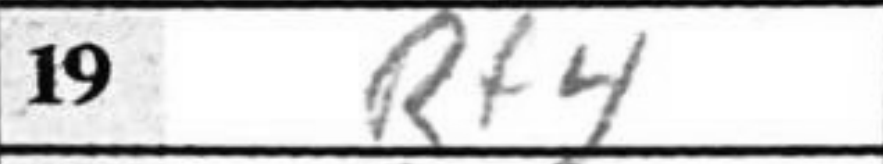
Transcription: Rf4